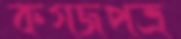
কগজপত্র